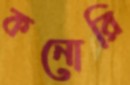
কনোরি